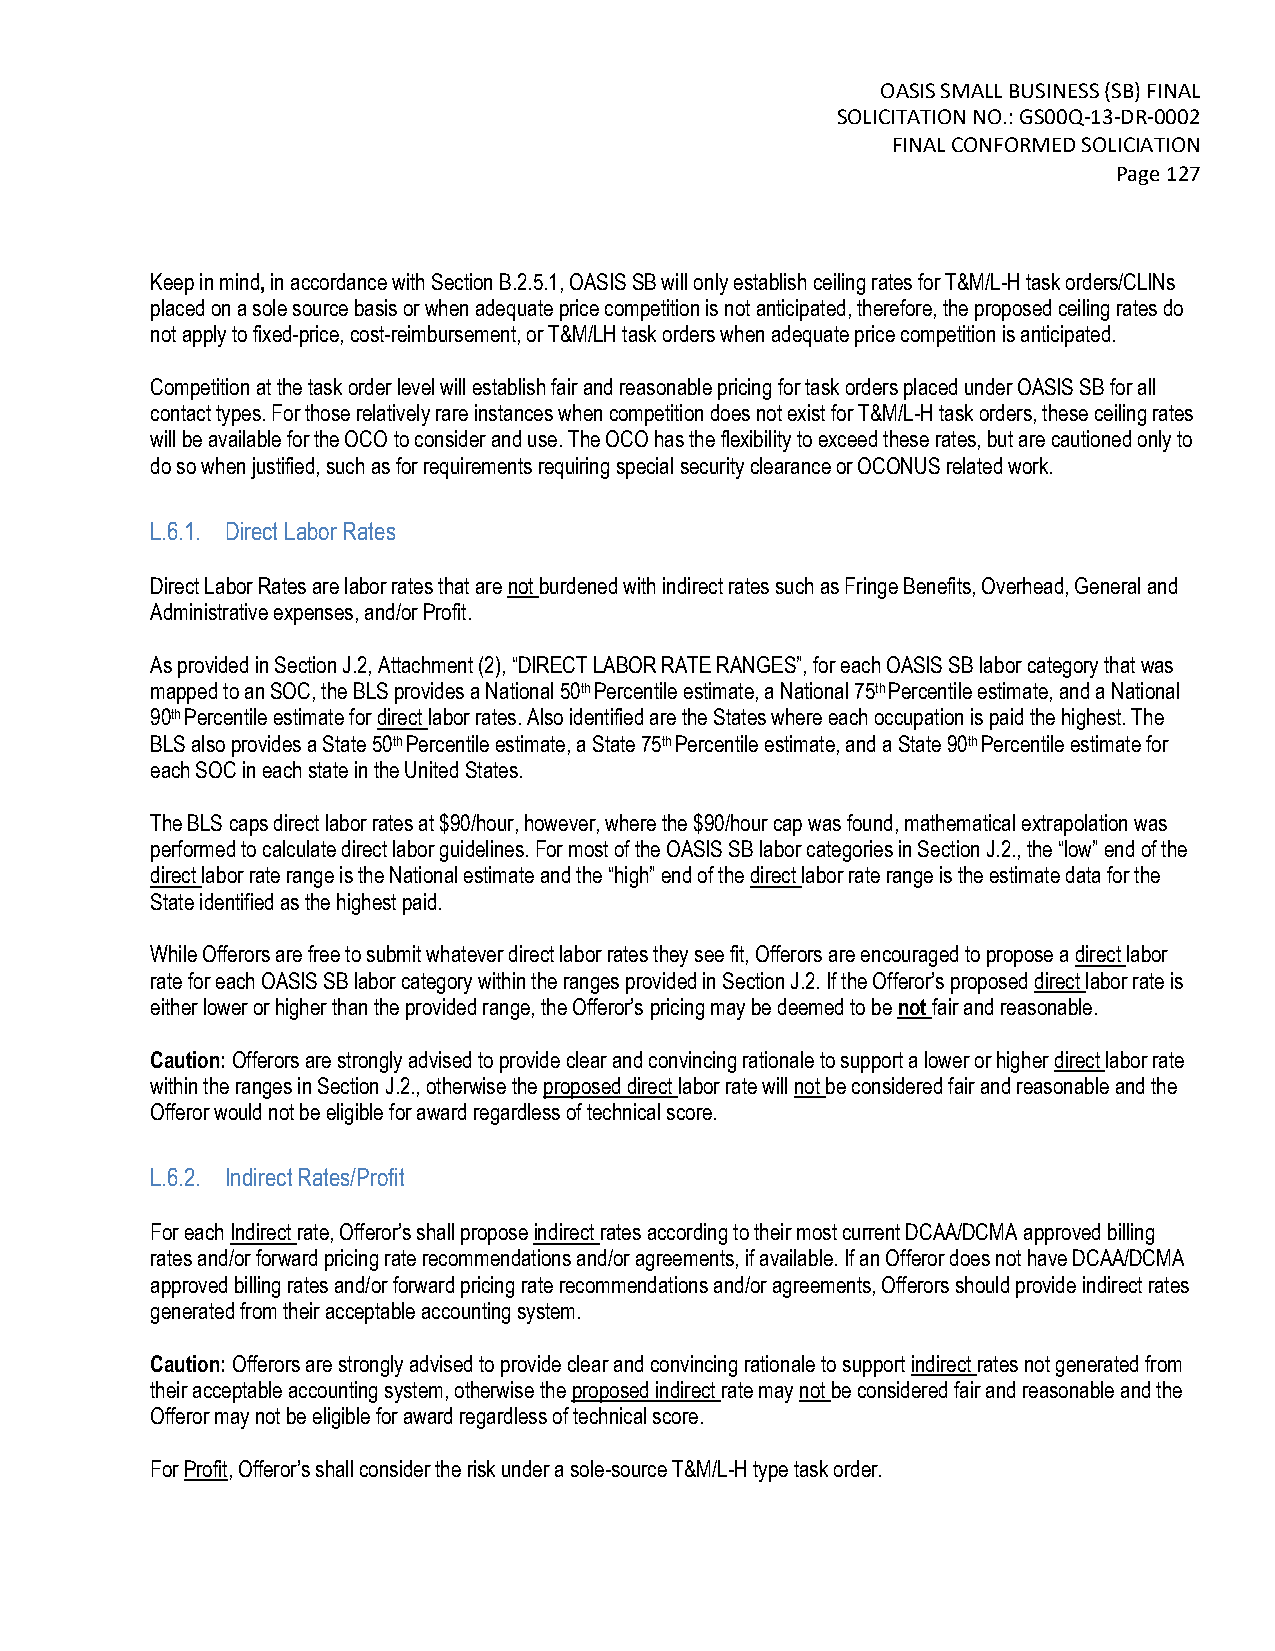
OASIS SMALL BUSINESS (SB) FINAL
 SOLICITATION NO.: GS00Q-13-DR-0002
 FINAL CONFORMED SOLICIATION
 Page 127
 Keep in mind, in accordance with Section B.2.5.1, OASIS SB will only establish ceiling rates for T&M/L-H task orders/CLINs
 placed on a sole source basis or when adequate price competition is not anticipated, therefore, the proposed ceiling rates do
 not apply to fixed-price, cost-reimbursement, or T&M/LH task orders when adequate price competition is anticipated.
 Competition at the task order level will establish fair and reasonable pricing for task orders placed under OASIS SB for all
 contact types. For those relatively rare instances when competition does not exist for T&M/L-H task orders, these ceiling rates
 will be available for the OCO to consider and use. The OCO has the flexibility to exceed these rates, but are cautioned only to
 do so when justified, such as for requirements requiring special security clearance or OCONUS related work.
 L.6.1. Direct Labor Rates
 Direct Labor Rates are labor rates that are not burdened with indirect rates such as Fringe Benefits, Overhead, General and
 Administrative expenses, and/or Profit.
 As provided in Section J.2, Attachment (2), “DIRECT LABOR RATE RANGES”, for each OASIS SB labor category that was
 mapped to an SOC, the BLS provides a National 50th Percentile estimate, a National 75th Percentile estimate, and a National
 90th Percentile estimate for direct labor rates. Also identified are the States where each occupation is paid the highest. The
 BLS also provides a State 50th Percentile estimate, a State 75th Percentile estimate, and a State 90th Percentile estimate for
 each SOC in each state in the United States.
 The BLS caps direct labor rates at $90/hour, however, where the $90/hour cap was found, mathematical extrapolation was
 performed to calculate direct labor guidelines. For most of the OASIS SB labor categories in Section J.2., the “low” end of the
 direct labor rate range is the National estimate and the “high” end of the direct labor rate range is the estimate data for the
 State identified as the highest paid.
 While Offerors are free to submit whatever direct labor rates they see fit, Offerors are encouraged to propose a direct labor
 rate for each OASIS SB labor category within the ranges provided in Section J.2. If the Offeror’s proposed direct labor rate is
 either lower or higher than the provided range, the Offeror’s pricing may be deemed to be not fair and reasonable.
 Caution: Offerors are strongly advised to provide clear and convincing rationale to support a lower or higher direct labor rate
 within the ranges in Section J.2., otherwise the proposed direct labor rate will not be considered fair and reasonable and the
 Offeror would not be eligible for award regardless of technical score.
 L.6.2. Indirect Rates/Profit
 For each Indirect rate, Offeror’s shall propose indirect rates according to their most current DCAA/DCMA approved billing
 rates and/or forward pricing rate recommendations and/or agreements, if available. If an Offeror does not have DCAA/DCMA
 approved billing rates and/or forward pricing rate recommendations and/or agreements, Offerors should provide indirect rates
 generated from their acceptable accounting system.
 Caution: Offerors are strongly advised to provide clear and convincing rationale to support indirect rates not generated from
 their acceptable accounting system, otherwise the proposed indirect rate may not be considered fair and reasonable and the
 Offeror may not be eligible for award regardless of technical score.
 For Profit, Offeror’s shall consider the risk under a sole-source T&M/L-H type task order.